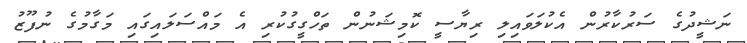
ނަޝީދުގެ ސަރުކާރުން އެކުލަވައިލި ރިޔާސީ ކޮމިޝަނުން ތަހްގީގުކުރި އެ މައްސަލައިގައި މަގާމުގެ ނުފޫޒު